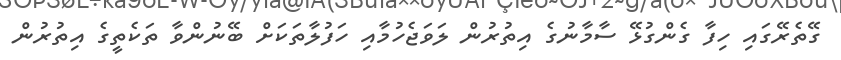
ގޭތެރޭގައި ހިފާ ގެންގުޅޭ ސާމާނުގެ އިތުރުން ލަވަޖެހުމާއި ހަފުލާތަކަށް ބޭނުންވާ ތަކެތީގެ އިތުރުން